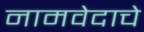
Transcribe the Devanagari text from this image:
नामवेदाचे